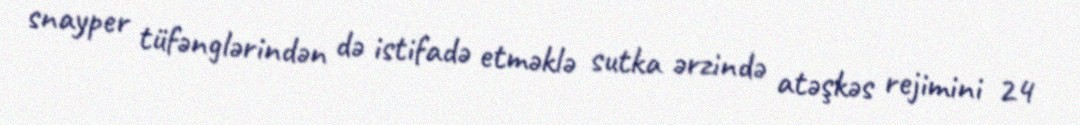
snayper tüfənglərindən də istifadə etməklə sutka ərzində atəşkəs rejimini 24